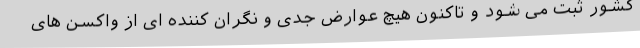
کشور ثبت می شود و تاکنون هیچ عوارض جدی و نگران کننده ای از واکسن های